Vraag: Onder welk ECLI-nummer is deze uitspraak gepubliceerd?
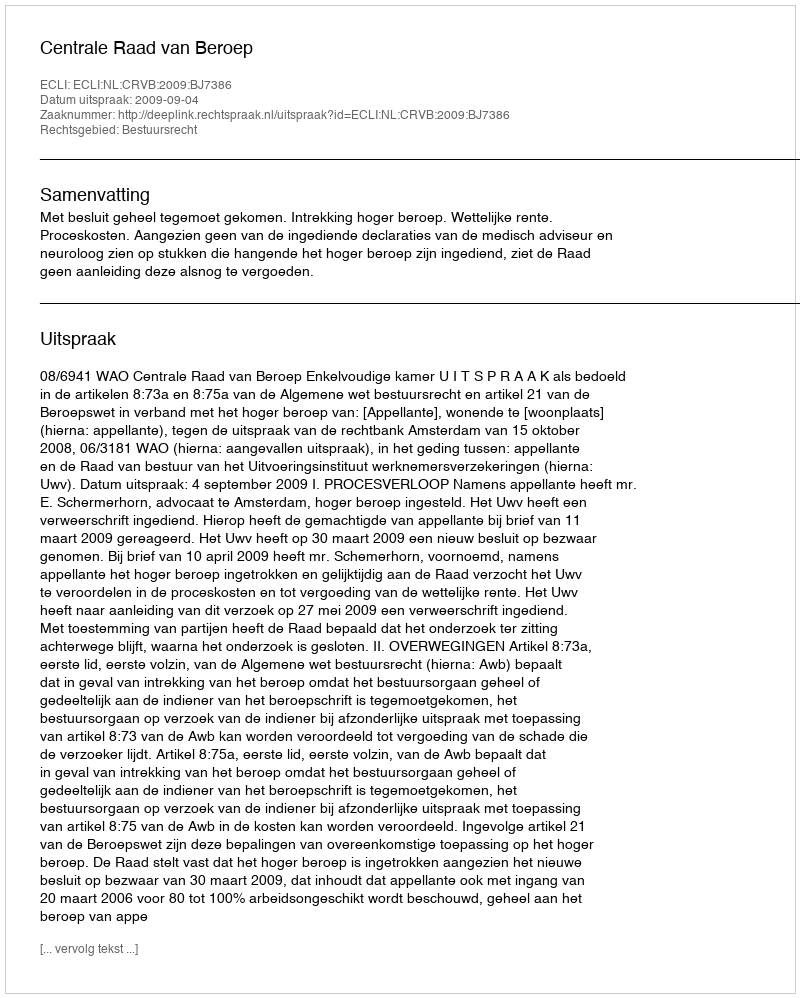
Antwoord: ECLI:NL:CRVB:2009:BJ7386